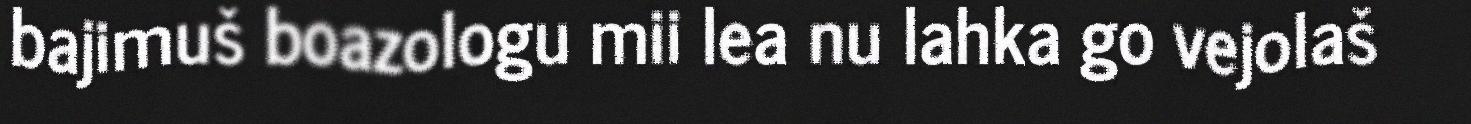
bajimuš boazologu mii lea nu lahka go vejolaš